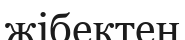
жібектен